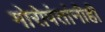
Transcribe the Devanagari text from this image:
मोरोपंतांनीही